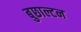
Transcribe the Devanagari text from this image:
बुछाल्टन